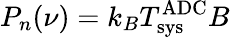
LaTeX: P_{n}(\nu)=k_{B}T_{\mathrm{sys}}^{\mathrm{ADC}}B